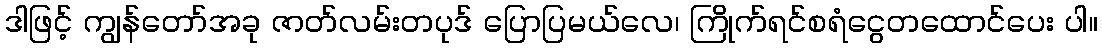
ဒါဖြင့် ကျွန်တော်အခု ဇာတ်လမ်းတပုဒ် ပြောပြမယ်လေ၊ ကြိုက်ရင်စရံငွေတထောင်ပေး ပါ။